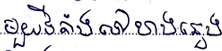
មួយទីតាំងទៅខាងឆ្វេង